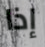
إذا